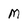
Character: M